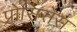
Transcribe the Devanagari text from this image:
प्रोसिसेस